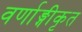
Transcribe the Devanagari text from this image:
वर्णाङ्गीकृत